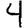
Digit: 4